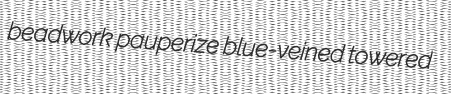
beadwork pauperize blue-veined towered